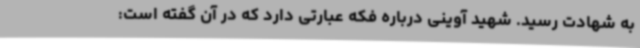
به شهادت رسید. شهید آوینی درباره فکه عبارتی دارد که در آن گفته است: